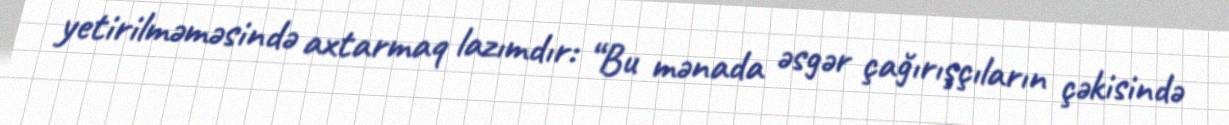
yetirilməməsində axtarmaq lazımdır: “Bu mənada əsgər çağırışçıların çəkisində